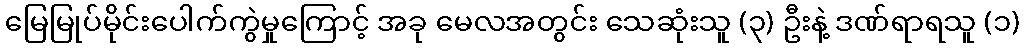
မြေမြုပ်မိုင်းပေါက်ကွဲမှုကြောင့် အခု မေလအတွင်း သေဆုံးသူ (၃) ဦးနဲ့ ဒဏ်ရာရသူ (၁)